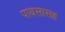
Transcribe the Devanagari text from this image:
पावसासह